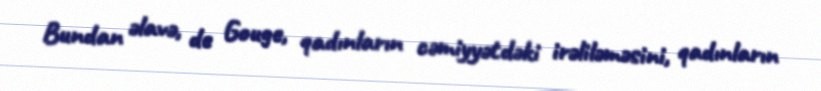
Bundan əlavə, de Gouge, qadınların cəmiyyətdəki irəliləməsini, qadınların